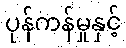
ပုန်ကန်မှုနှင့်